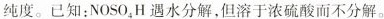
纯度。已知：NOSO_{4|H遇水分解，但溶于浓硫酸而不分解。